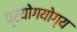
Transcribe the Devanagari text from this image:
प्रयोगयोग्य